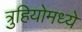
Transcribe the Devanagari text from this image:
त्रुहियोमध्ये